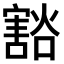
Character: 𫴓